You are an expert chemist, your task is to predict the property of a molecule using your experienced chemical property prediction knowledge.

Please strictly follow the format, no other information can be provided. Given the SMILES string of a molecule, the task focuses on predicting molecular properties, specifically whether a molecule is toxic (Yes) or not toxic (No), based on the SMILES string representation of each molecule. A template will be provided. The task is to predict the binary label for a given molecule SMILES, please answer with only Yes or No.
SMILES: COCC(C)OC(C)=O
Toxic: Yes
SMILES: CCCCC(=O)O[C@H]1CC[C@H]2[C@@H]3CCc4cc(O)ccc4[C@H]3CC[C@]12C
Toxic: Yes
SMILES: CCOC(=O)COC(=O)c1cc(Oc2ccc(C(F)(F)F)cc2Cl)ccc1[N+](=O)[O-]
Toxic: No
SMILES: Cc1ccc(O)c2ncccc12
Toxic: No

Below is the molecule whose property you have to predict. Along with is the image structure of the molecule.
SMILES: Nc1nc2c(Cl)cccc2s1
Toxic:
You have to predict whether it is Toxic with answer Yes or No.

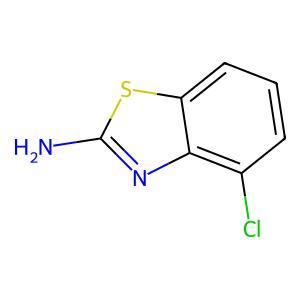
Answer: No